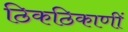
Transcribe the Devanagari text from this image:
ठिकठिकाणीं